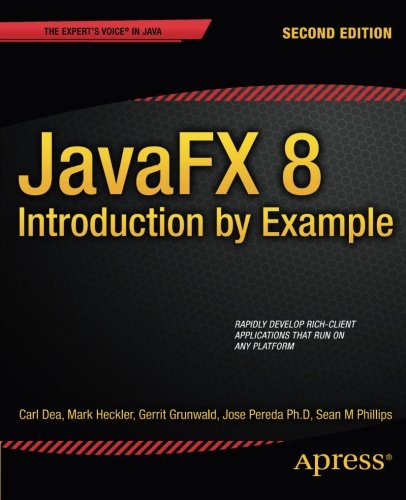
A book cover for JavaFX 8: Introduction by Example; Carl Dea; Computers & Technology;